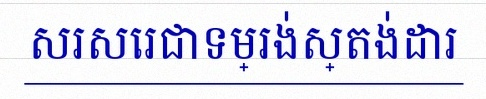
សរសេរជាទម្រង់ស្តង់ដារ